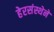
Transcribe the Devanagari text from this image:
हेरसंस्थेने